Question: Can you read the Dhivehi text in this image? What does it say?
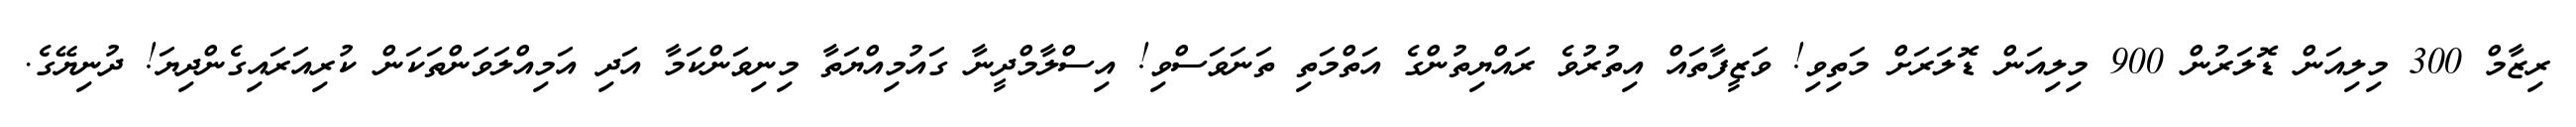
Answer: ރިޒާމް 300 މިލިއަން ޑޮލަރުން 900 މިލިއަން ޑޮލަރަށް މަތިވި! ވަޒީފާތައް އިތުރުވެ ރައްޔިތުންގެ އަތްމަތި ތަނަވަސްވި! އިސްލާމްދީނާ ގައުމިއްޔަތާ މިނިވަންކަމާ އަދި އަމިއްލަވަންތަކަން ކުރިއަރައިގެންދިޔަ! ދުނިޔޭގެ.